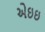
એઇઇ